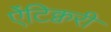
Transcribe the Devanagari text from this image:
ऐंटिक्वरी